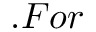
. F o r